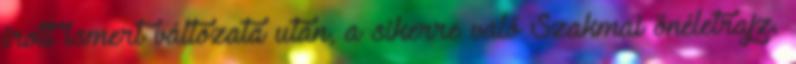
írott ismert változata után, a sikerre való Szakmai önéletrajz.